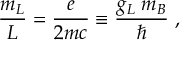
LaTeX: \frac { m _ { L } } { L } = \frac { e } { 2 m c } \equiv \frac { g _ { L } \; m _ { B } } { \hbar } \; ,